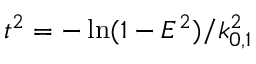
t ^ { 2 } = - \ln ( 1 - E ^ { 2 } ) / k _ { 0 , 1 } ^ { 2 }